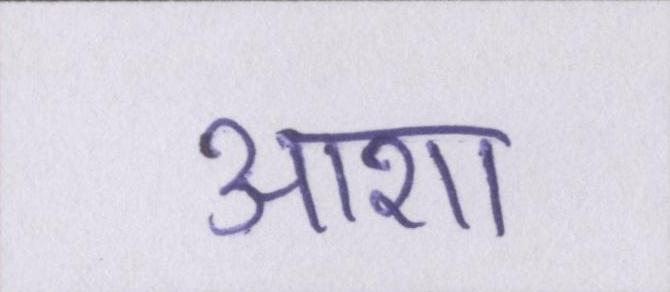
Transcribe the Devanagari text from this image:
आशा